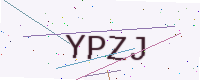
Text: YPZJ